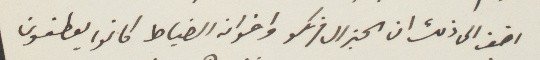
اضف إلى ذلك ان الجنرال فرنكو واخوان الضباط كانوا يعطفون